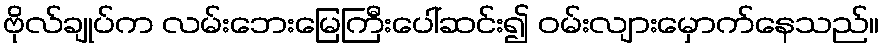
ဗိုလ်ချုပ်က လမ်းဘေးမြေကြီးပေါ်ဆင်း၍ ဝမ်းလျားမှောက်နေသည်။